NAE_EAA_P-553_Koit_kolhoos, lk 5
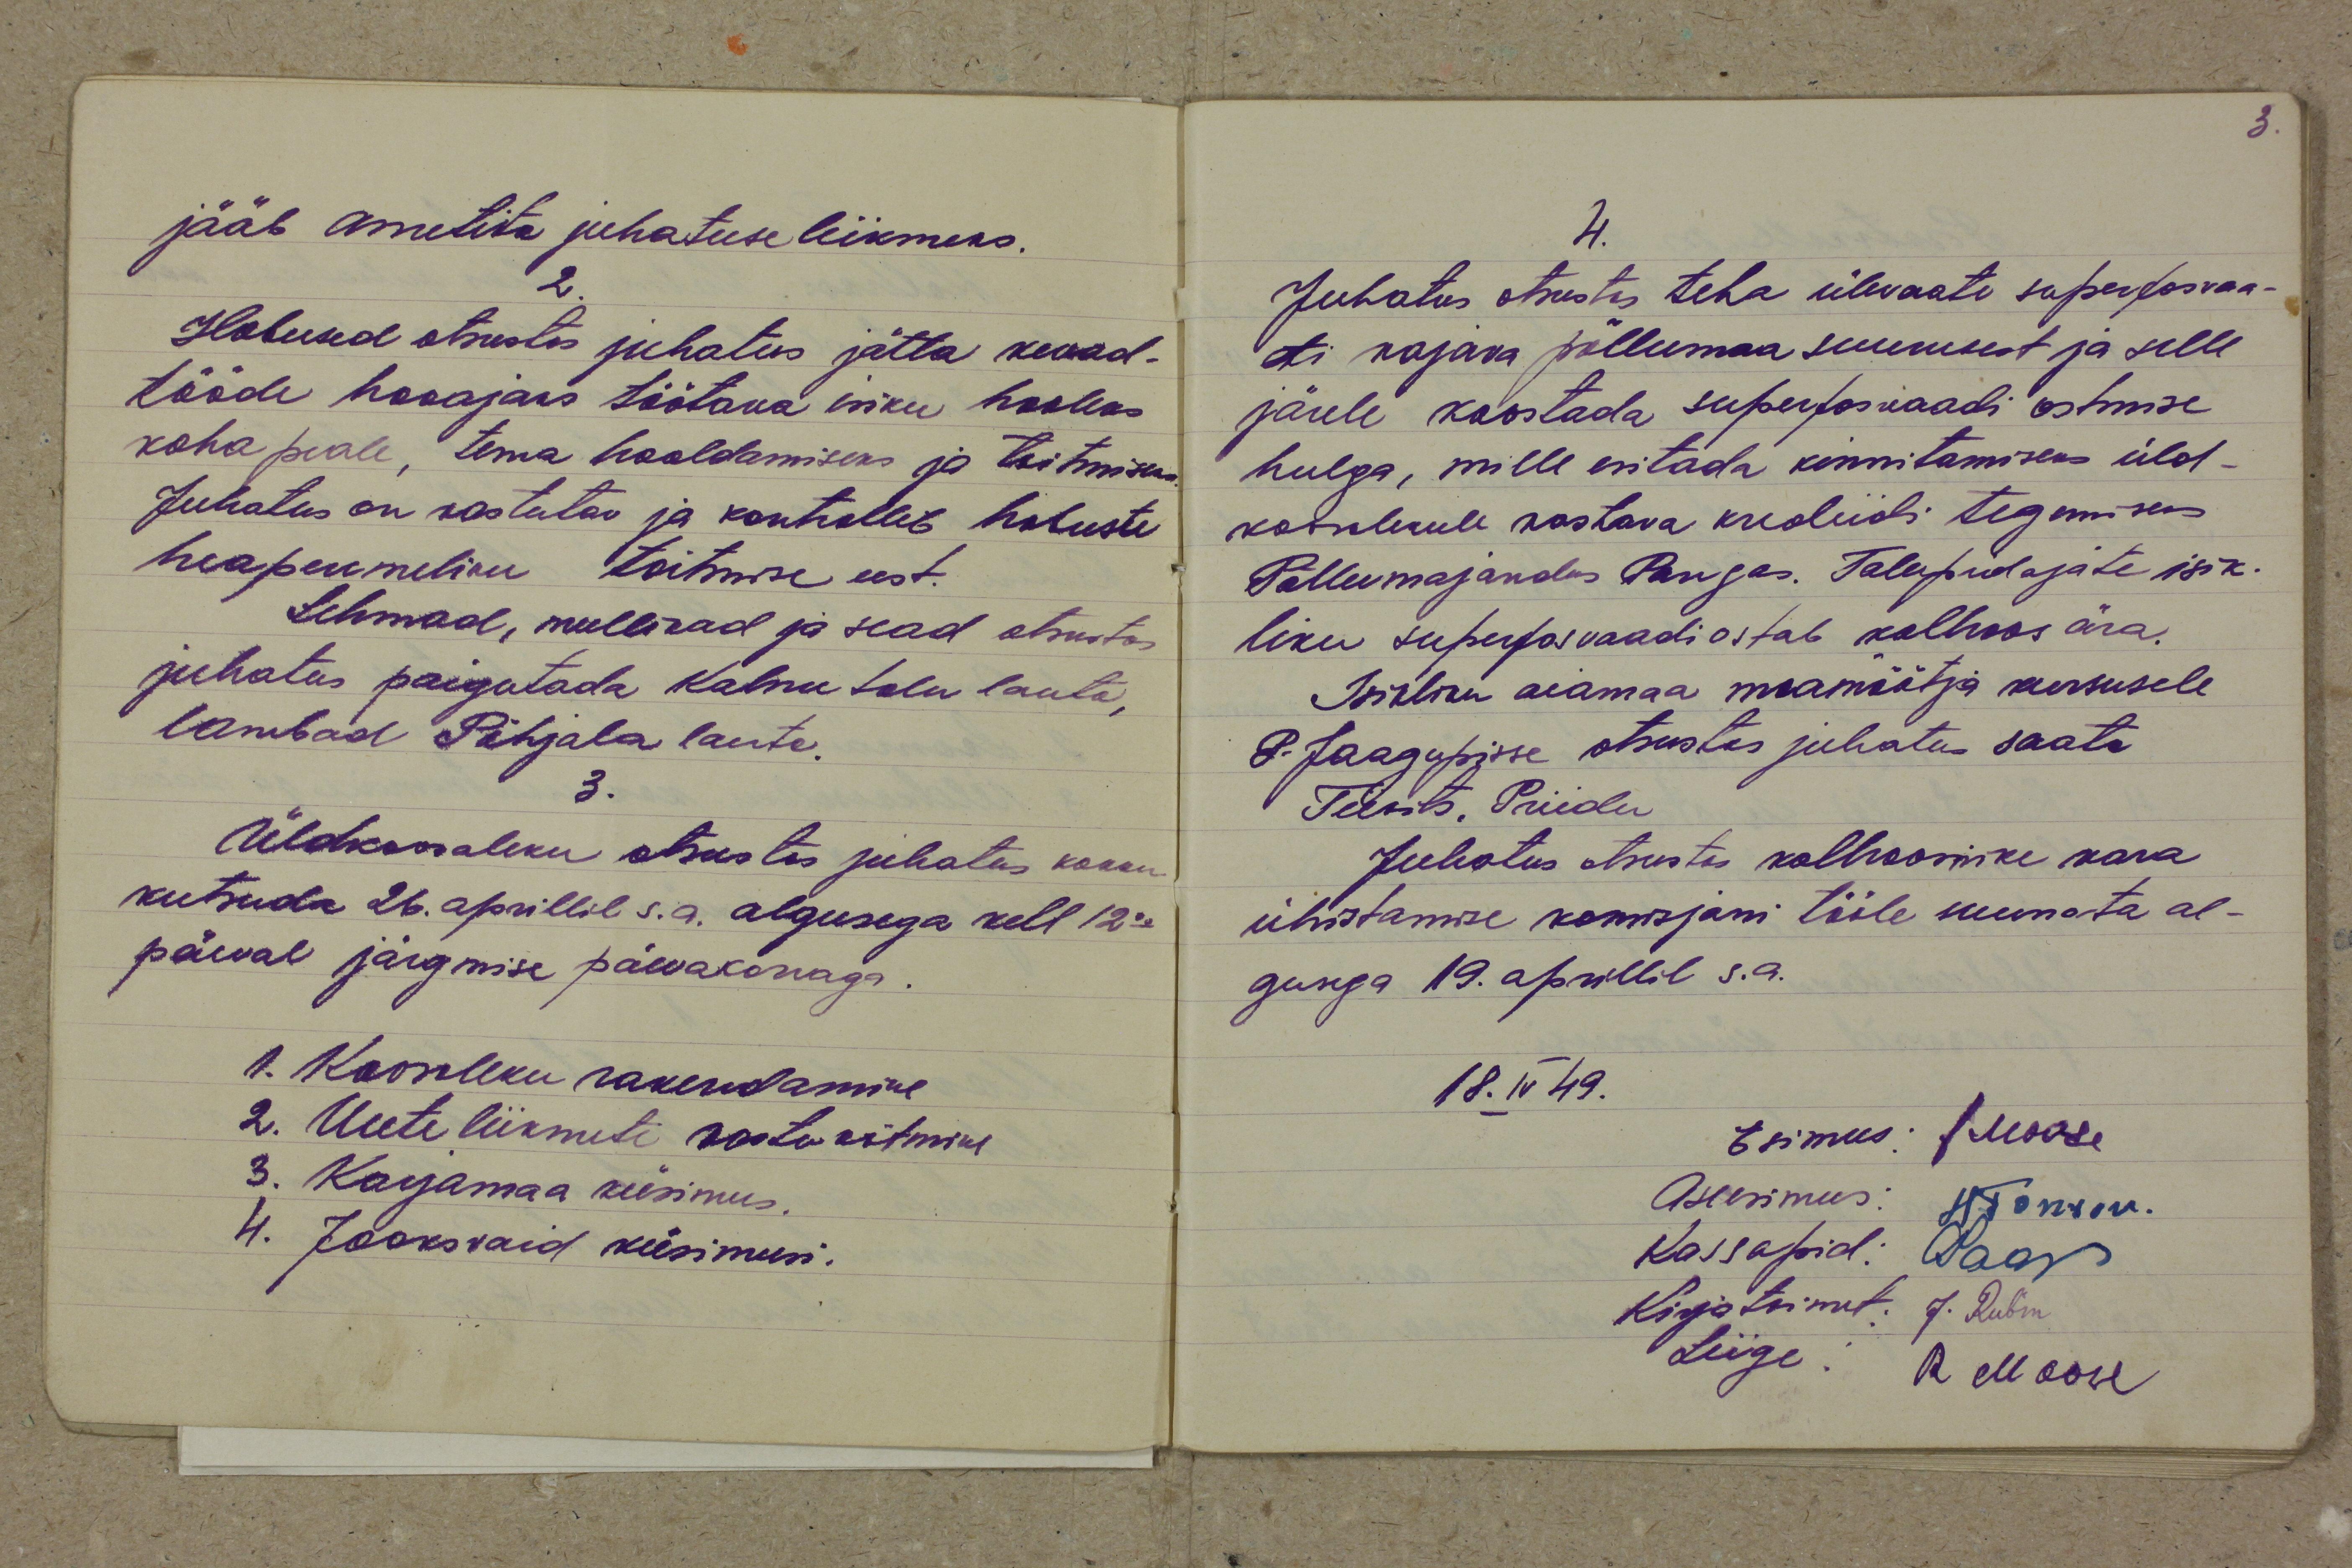
jääb ametita juhatuse liikmeks.
2.
Hobused otsustas juhatus jätta kevad-
tööde hooajaks töötava isiku hooleks
koha peale, tema hooldamiseks ja toitmiseks
Juhatus on vastutav ja kontrollib hobuste
heaperemeliku toitmise eest.
Lehmad, mullikad ja sead otsustas
juhatus paigutada Kalnu talu lauta,
lambad Põhjala lauta.
3.
Üldkoosoleku otsustas juhatus kokku
kutsuda 26. aprillil s.a. algusega kell 12.00
päeval järgmise päevakorraga.
1. Koosoleku rakendamine
2. Uute liikmete vastuvõtmine
3. Karjamaa küsimus.
4. Jooksvaid küsimusi.

4.
Juhatus otsustas teha ülevaate superfosvaa-
ti vajava põllumaa suurusest ja selle
järele koostada superfosvaadi ostmise
hulga, mille esitada kinnitamiseks üld-
koosolekule vastava krediidi tegemiseks
Põllumajandus Pangas. Talupidajate isik-
liku superfosvaadi ostab kolhoos ära.
Isikliku aiamaa maamõõtja kursusele
P-Jaagupisse otsustas juhatus saata
Tiivits, Priidu
Juhatus otsustas kolhoosnike vara
ühistamise komisjoni tööle suunata al-
gusega 19. aprillil s.a.
18. IV 49.
Esimees: J. Moose
Aseesimees: H. Tomson.
Kassapid: Saar
Kirjatoimet: J. Rubin
Liige: R. Moose